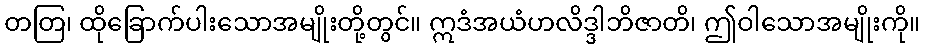
တတြ၊ ထိုခြောက်ပါးသောအမျိုးတို့တွင်။ ဣဒံအယံဟလိဒ္ဒါဘိဇာတိ၊ ဤဝါသောအမျိုးကို။